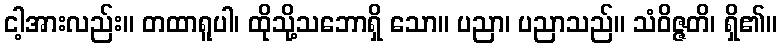
ငါ့အားလည်း။ တထာရူပါ၊ ထိုသို့သဘောရှိ သော။ ပညာ၊ ပညာသည်။ သံဝိဇ္ဇတိ၊ ရှိ၏။